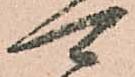
可